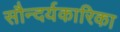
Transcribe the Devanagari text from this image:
सौन्दर्यकारिका